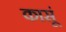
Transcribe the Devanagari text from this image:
कासूं